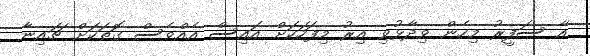
އާ ސަފީރު މިހެން ވިދާޅުވި އިރު މިފަހަކަށް އައިސް އެއްވެސް ގޮތަކަށް ޗައިނާ